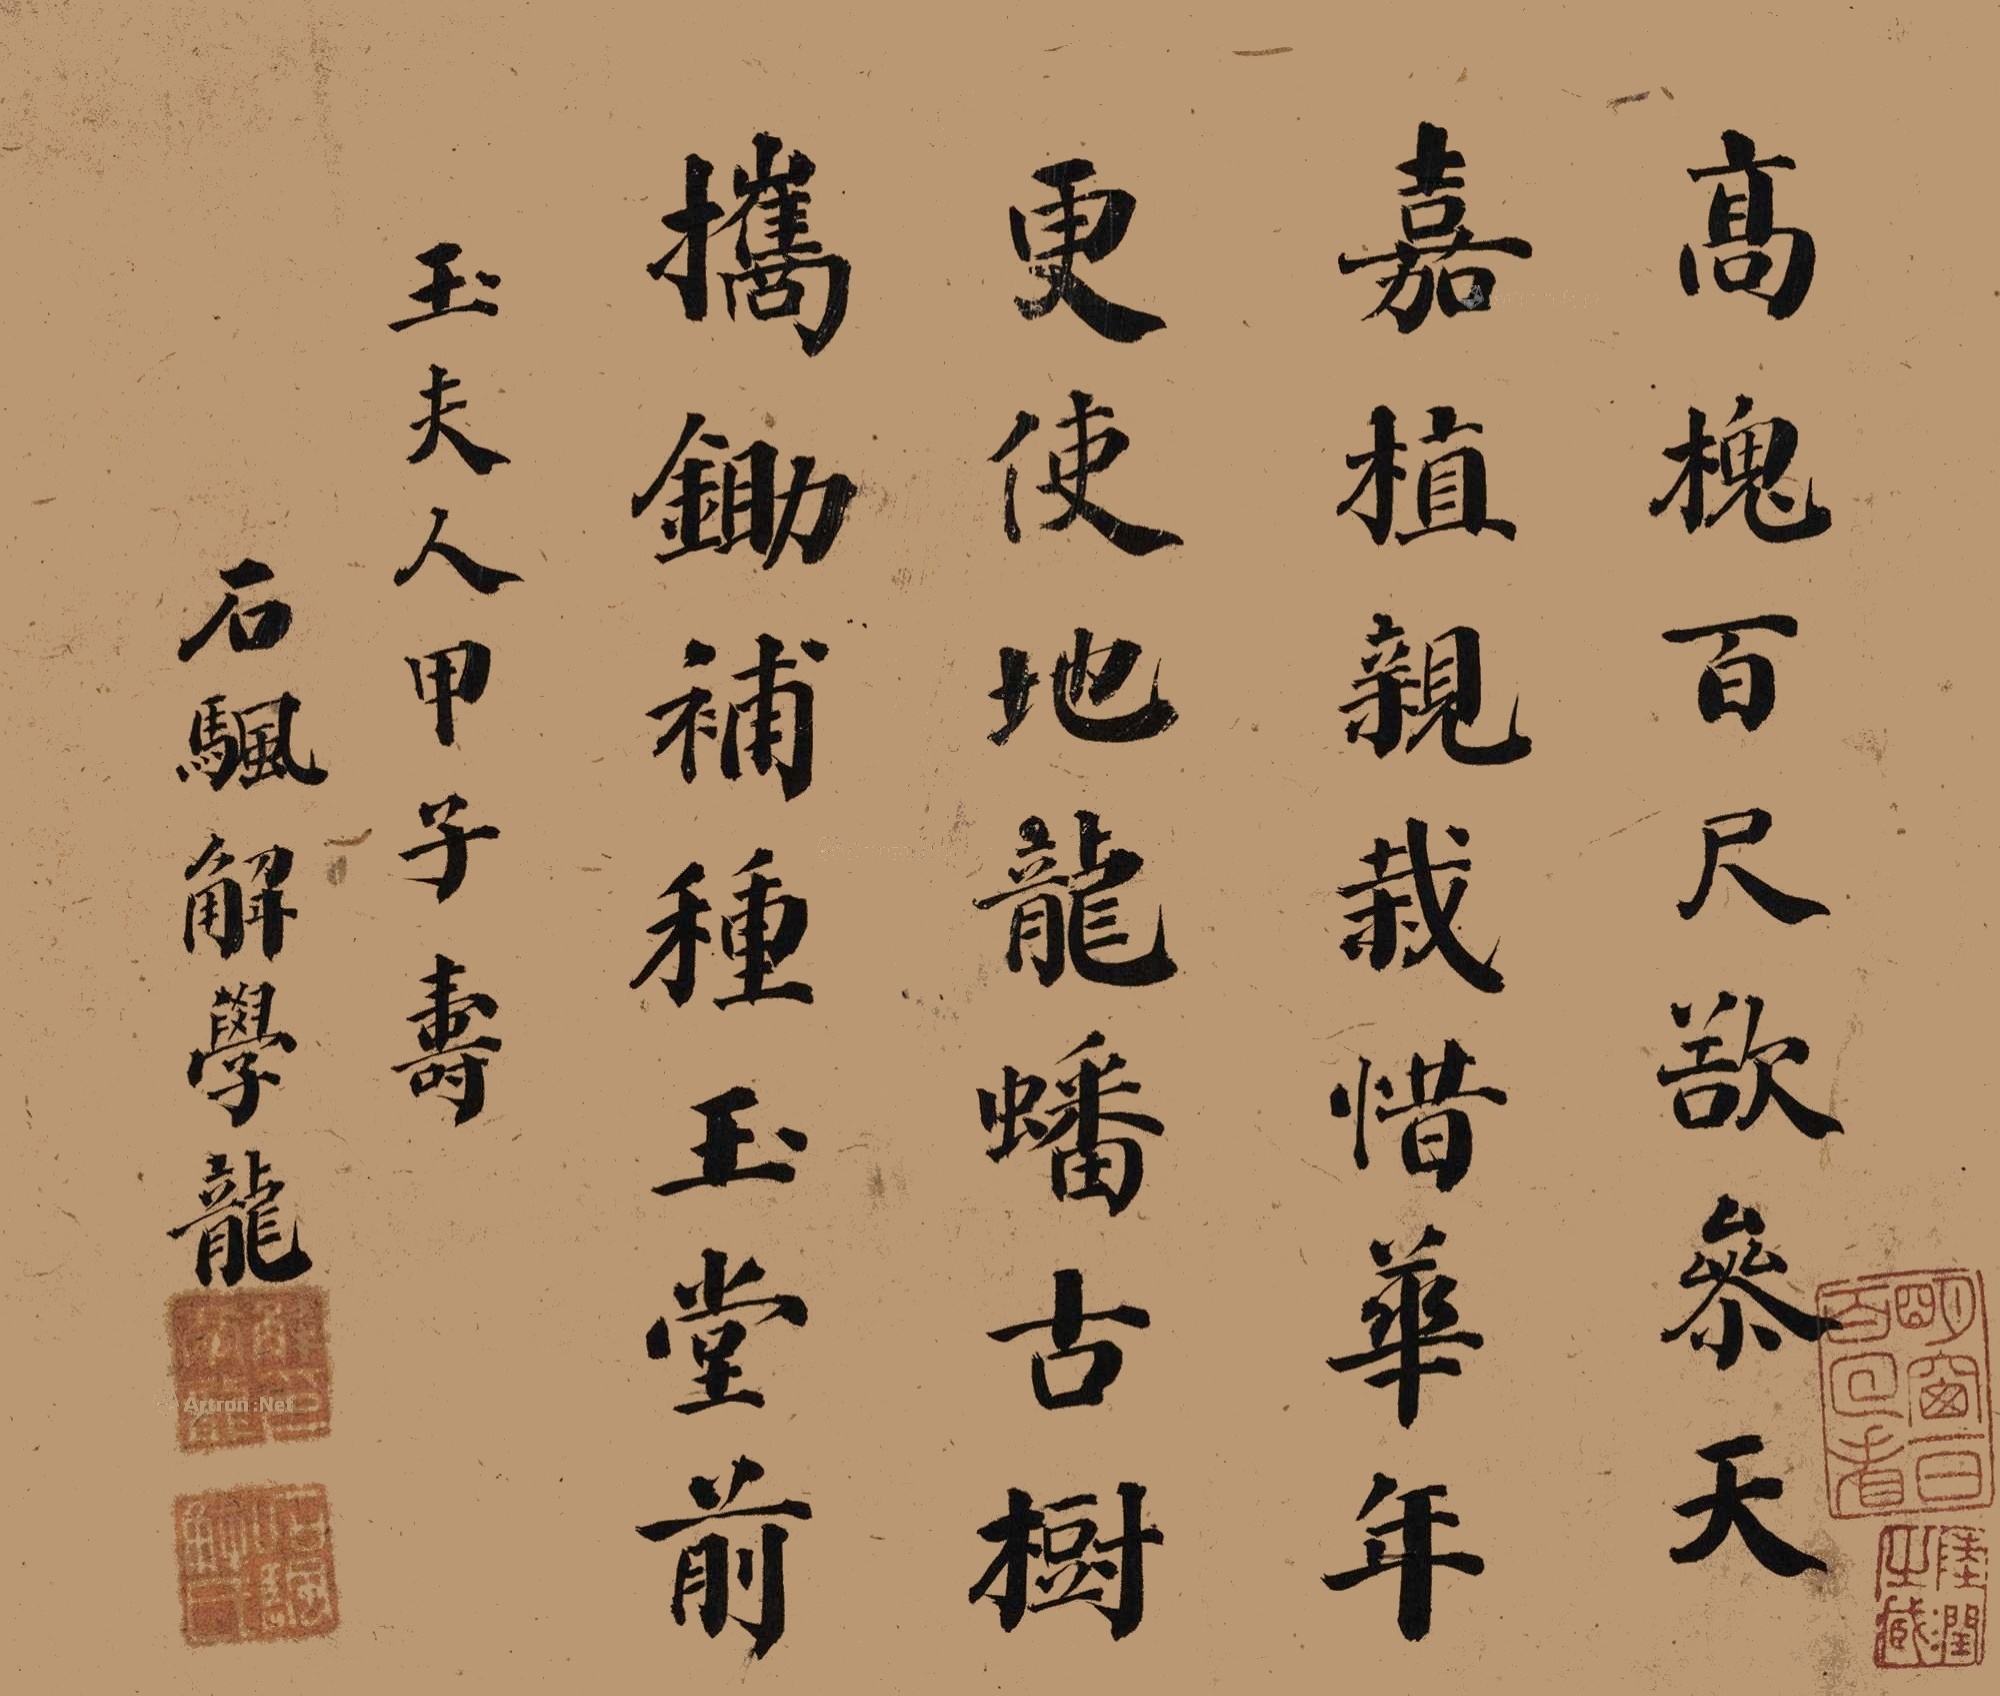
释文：高槐百尺欲参天，嘉植亲栽惜华年。更使地龙蟠古树，携锄补种玉堂前。玉夫人甲子寿，石颿解学龙。